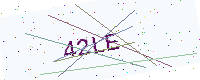
Text: 42LE